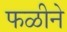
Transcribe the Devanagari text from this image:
फळीने